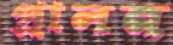
প্রালন